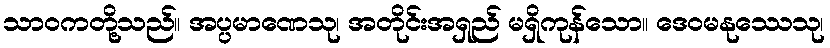
သာဝကတို့သည်။ အပ္ပမာဏေသု၊ အတိုင်းအရှည် မရှိကုန်သော။ ဒေဝမနုဿေသု၊